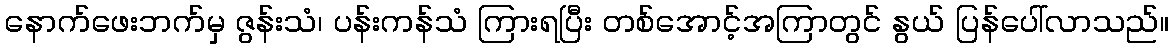
နောက်ဖေးဘက်မှ ဇွန်းသံ၊ ပန်းကန်သံ ကြားရပြီး တစ်အောင့်အကြာတွင် နွယ် ပြန်ပေါ်လာသည်။